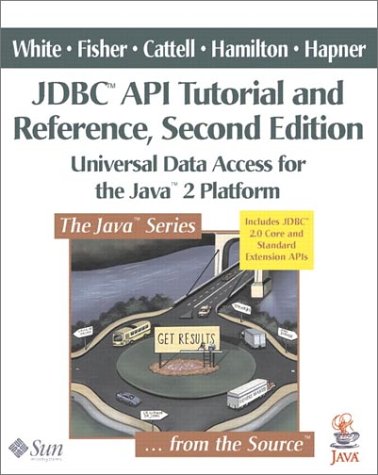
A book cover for JDBC(TM) API Tutorial and Reference: Universal Data Access for the Java(TM) 2 Platform (2nd Edition); Seth White; Computers & Technology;